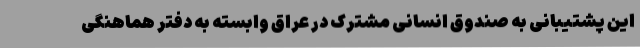
این پشتیبانی به صندوق انسانی مشترک در عراق وابسته به دفتر هماهنگی